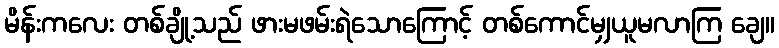
မိန်းကလေး တစ်ချို့သည် ဖားမဖမ်းရဲသောကြောင့် တစ်ကောင်မျှယူမလာကြ ချေ။